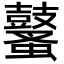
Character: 鼜